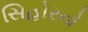
સિહોરનો